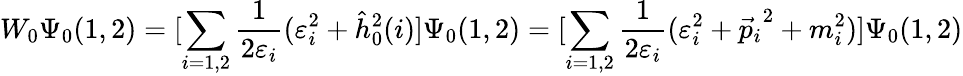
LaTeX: W_{0}\Psi_{0}(1,2)=[\sum_{i=1,2}\frac{1}{2\varepsilon_{i}}(\varepsilon_{i}^{2}+\hat{h}_{0}^{2}(i)]\Psi_{0}(1,2)=[\sum_{i=1,2}\frac{1}{2\varepsilon_{i}}(\varepsilon_{i}^{2}+{\vec{p}_{i}}^{2}+m_{i}^{2})]\Psi_{0}(1,2)